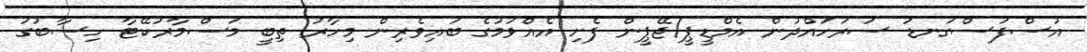
އުސްފަސްގަނޑު ސަރަހައްދުން އެމްޑީޕީ/ޖޭޕީން ފެށި އެއްވުމުގެ ބައިވެރިން މިހާރު ތިބީ މަސްމާރުކޭޓާ ހިސާބުގަ